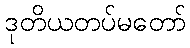
ဒုတိယတပ်မတော်